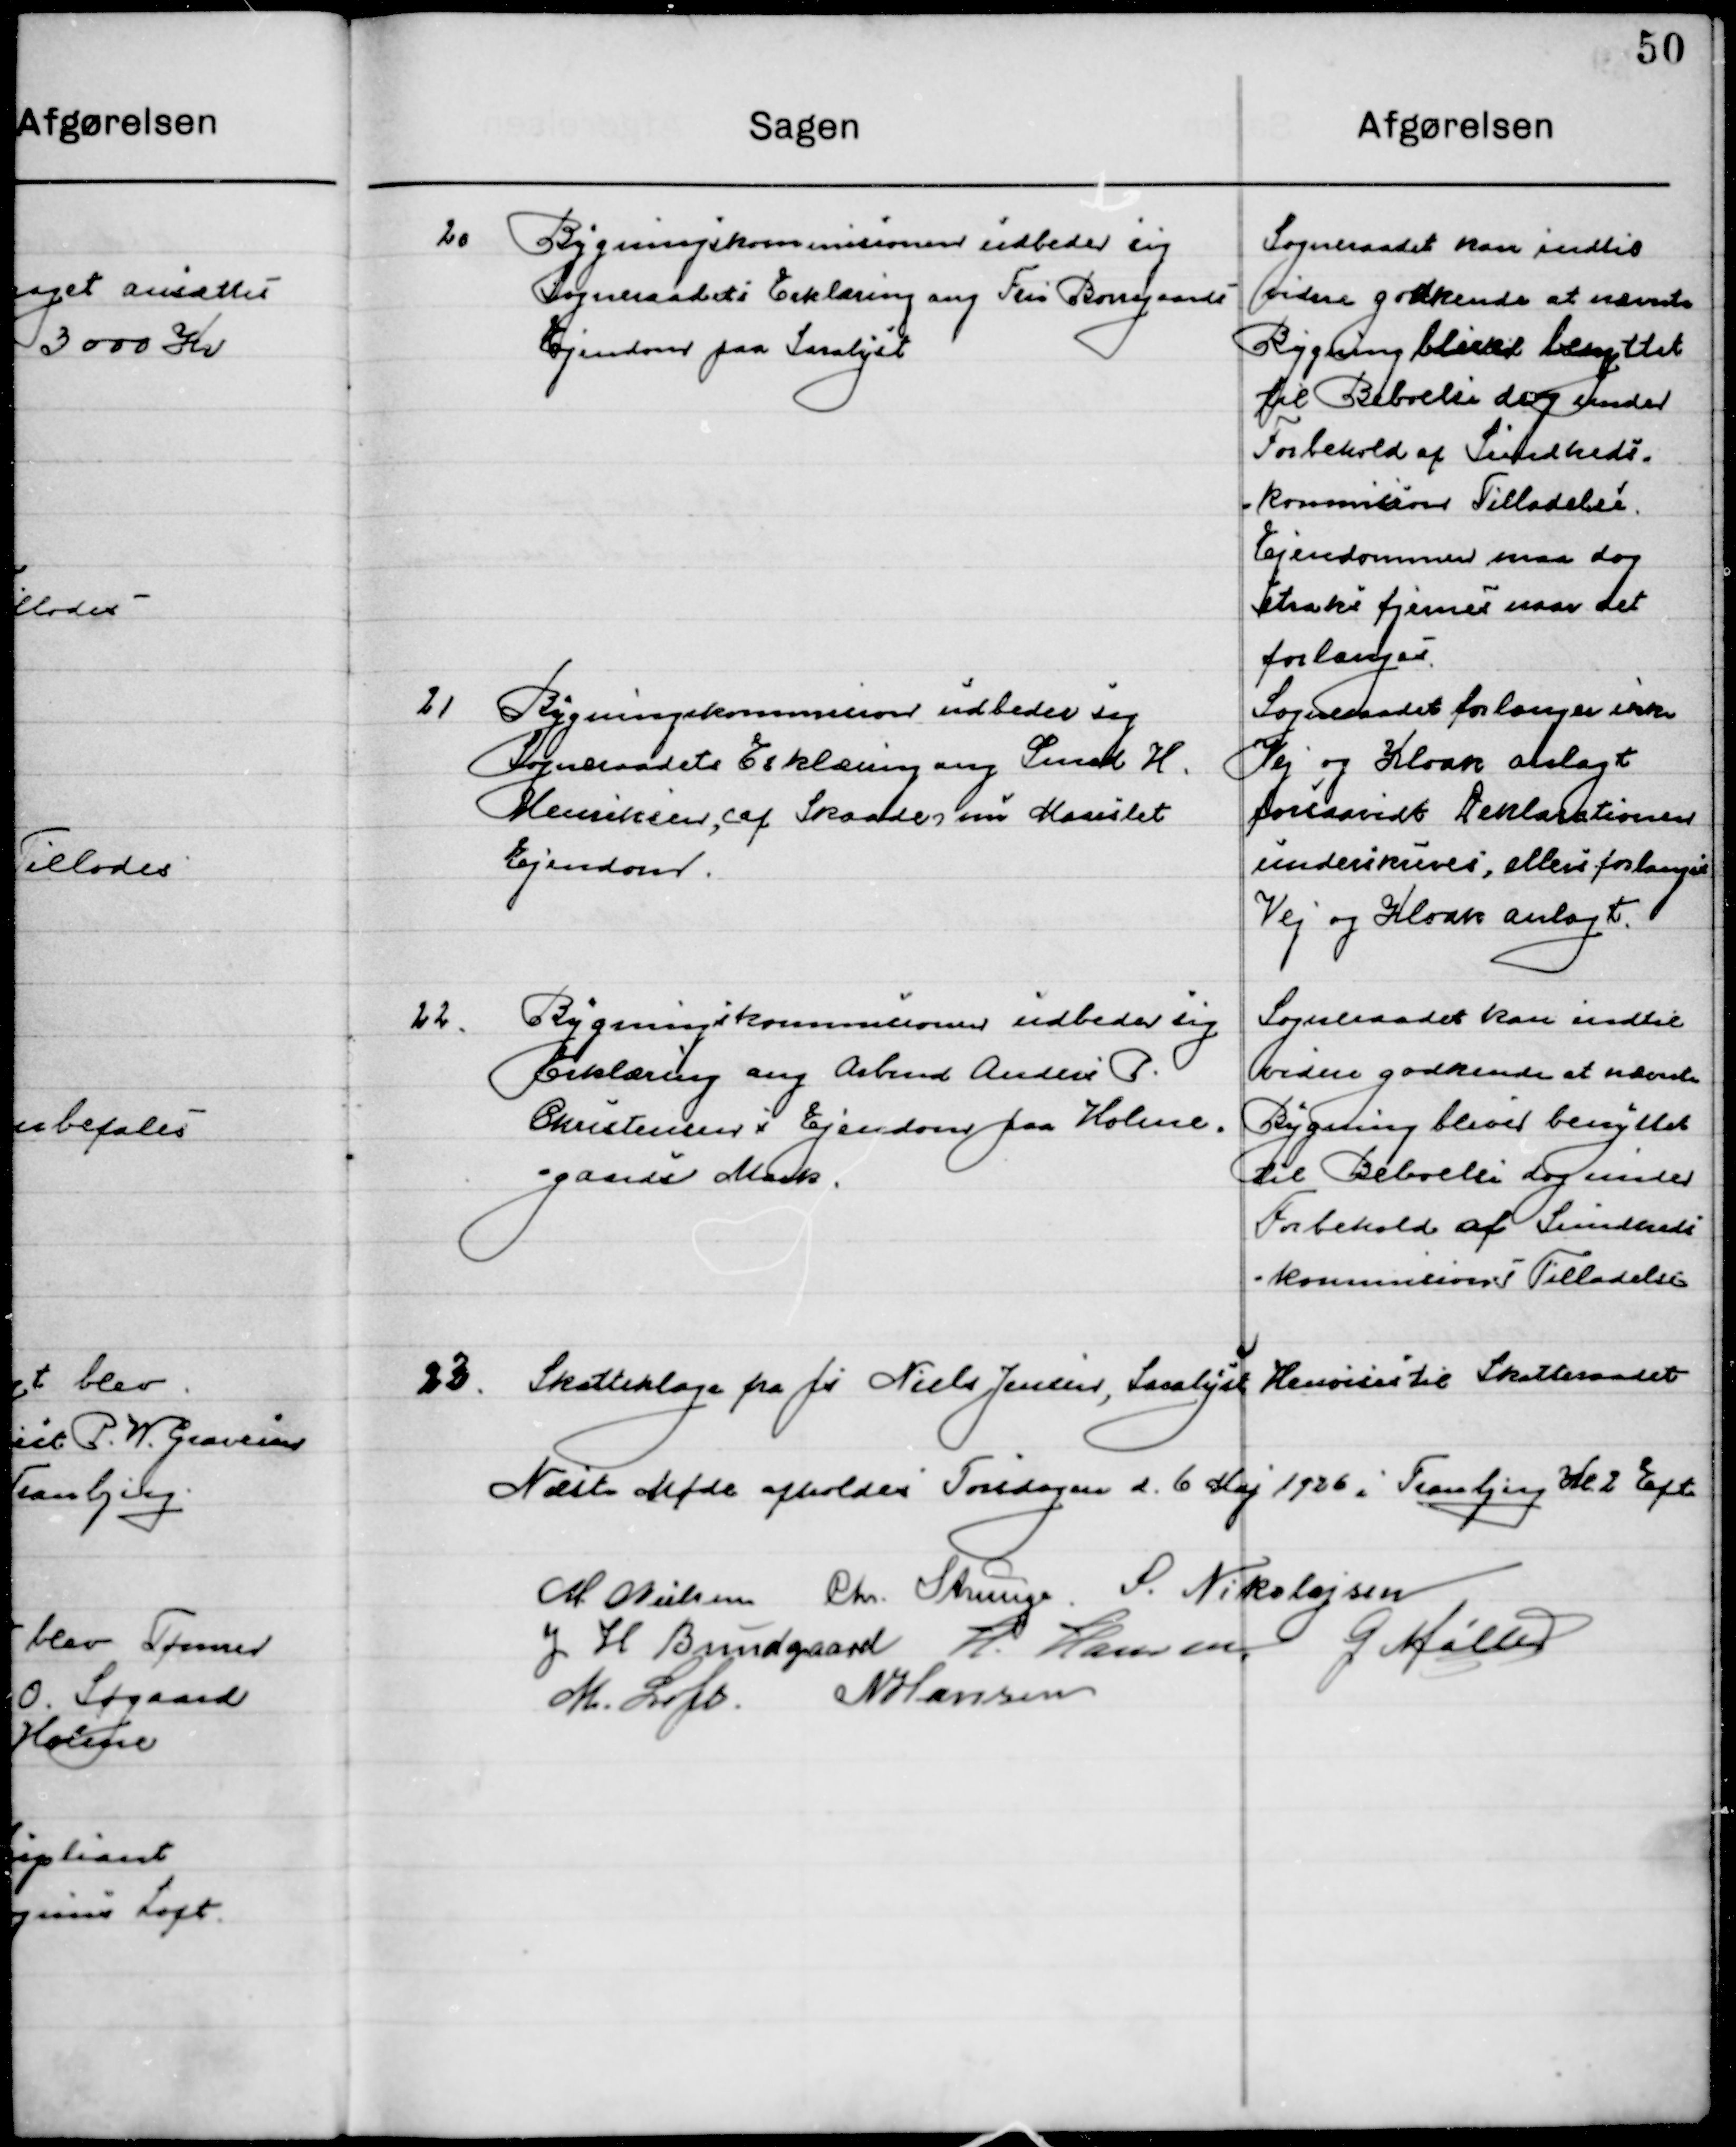
Transskription:
20

Bygningskommissionen udbeder sig
Sogneraades Erklæring ang. Fru Bougaards
Ejendom paa Saralyst.

Sogneraadet kan indtil
videre godkende at nævnte
Bygning bliver benyttet
til Beboelse dog under
Forbehold af Sundheds-
kommissionens Tilladelse.
Ejendommen maa dog
straks fjernes naar det
forlanges.

21

Bygningskommissionen udbeder sig
Sogneraades Erklæring ang. Smed H.
Knudsen, af Skaade om Maarslet 
Ejendom.

Sogneraadet forlanger ikke
Vej og Kloak anlagt
Forsaavidt Deklarationen 
Underskrives, ellers forlanges
Vej og Kloak anlagt.

22

Bygningskommissionen udbeder sig
Erklæring ang. Arbmd. Anders P.
Christense i Ejendom paa Holme-
gaards Mark.

Sogneraadet kan indtil
Videre godkende at nævnte
Bygning bliver benyttet
Til Beboelse dog under 
Forbehold af Sundheds-  
kommissionens Tilladelse

23

Skatteklage fra Niels Jensen, Saralyst

Henvises til Skatteraadet

Næste Møde afholdes Torsdag d. 6 Maj 1926 i Tranbjerg Kro Kl. 2 Eft.

M. Nielsen
Chr. Strunge
S. Nikolajsen
J. H. Bundgaard
H. Hansen
G. Møller
M. Loft
N. Hansen